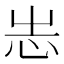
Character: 𢗍